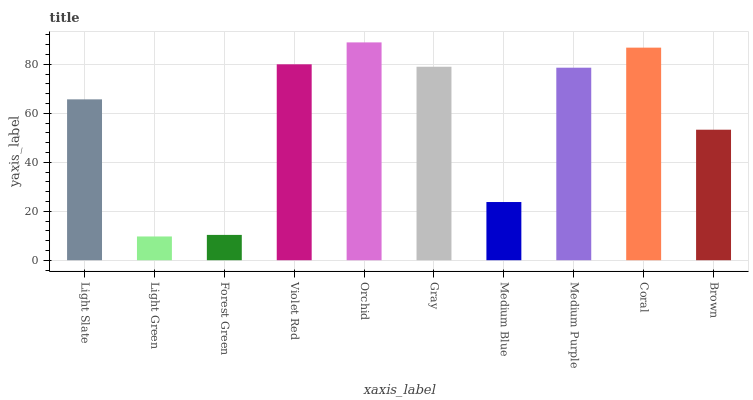
| xaxis_label | bars |
 | --- | --- |
 | Light Slate | 65.7 |
 | Light Green | 9.7 |
 | Forest Green | 10.3 |
 | Violet Red | 80 |
 | Orchid | 89 |
 | Gray | 79 |
 | Medium Blue | 23.8 |
 | Medium Purple | 78.6 |
 | Coral | 86.8 |
 | Brown | 53.3 |